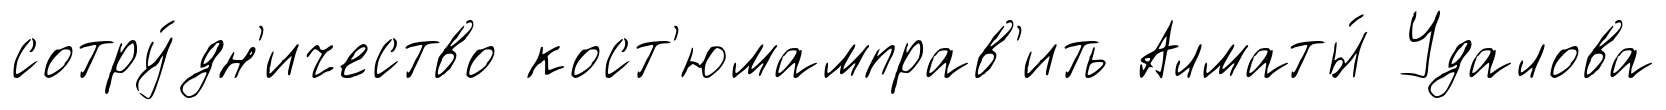
сотру́дн'ичество кост'юмамправ'ить Алматы́ Удалова